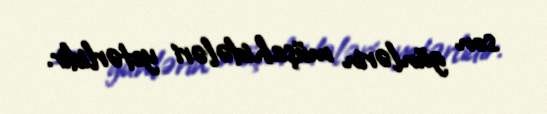
son günlərin müşahidələri yetərlidir.